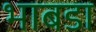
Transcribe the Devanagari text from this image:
भाबडा